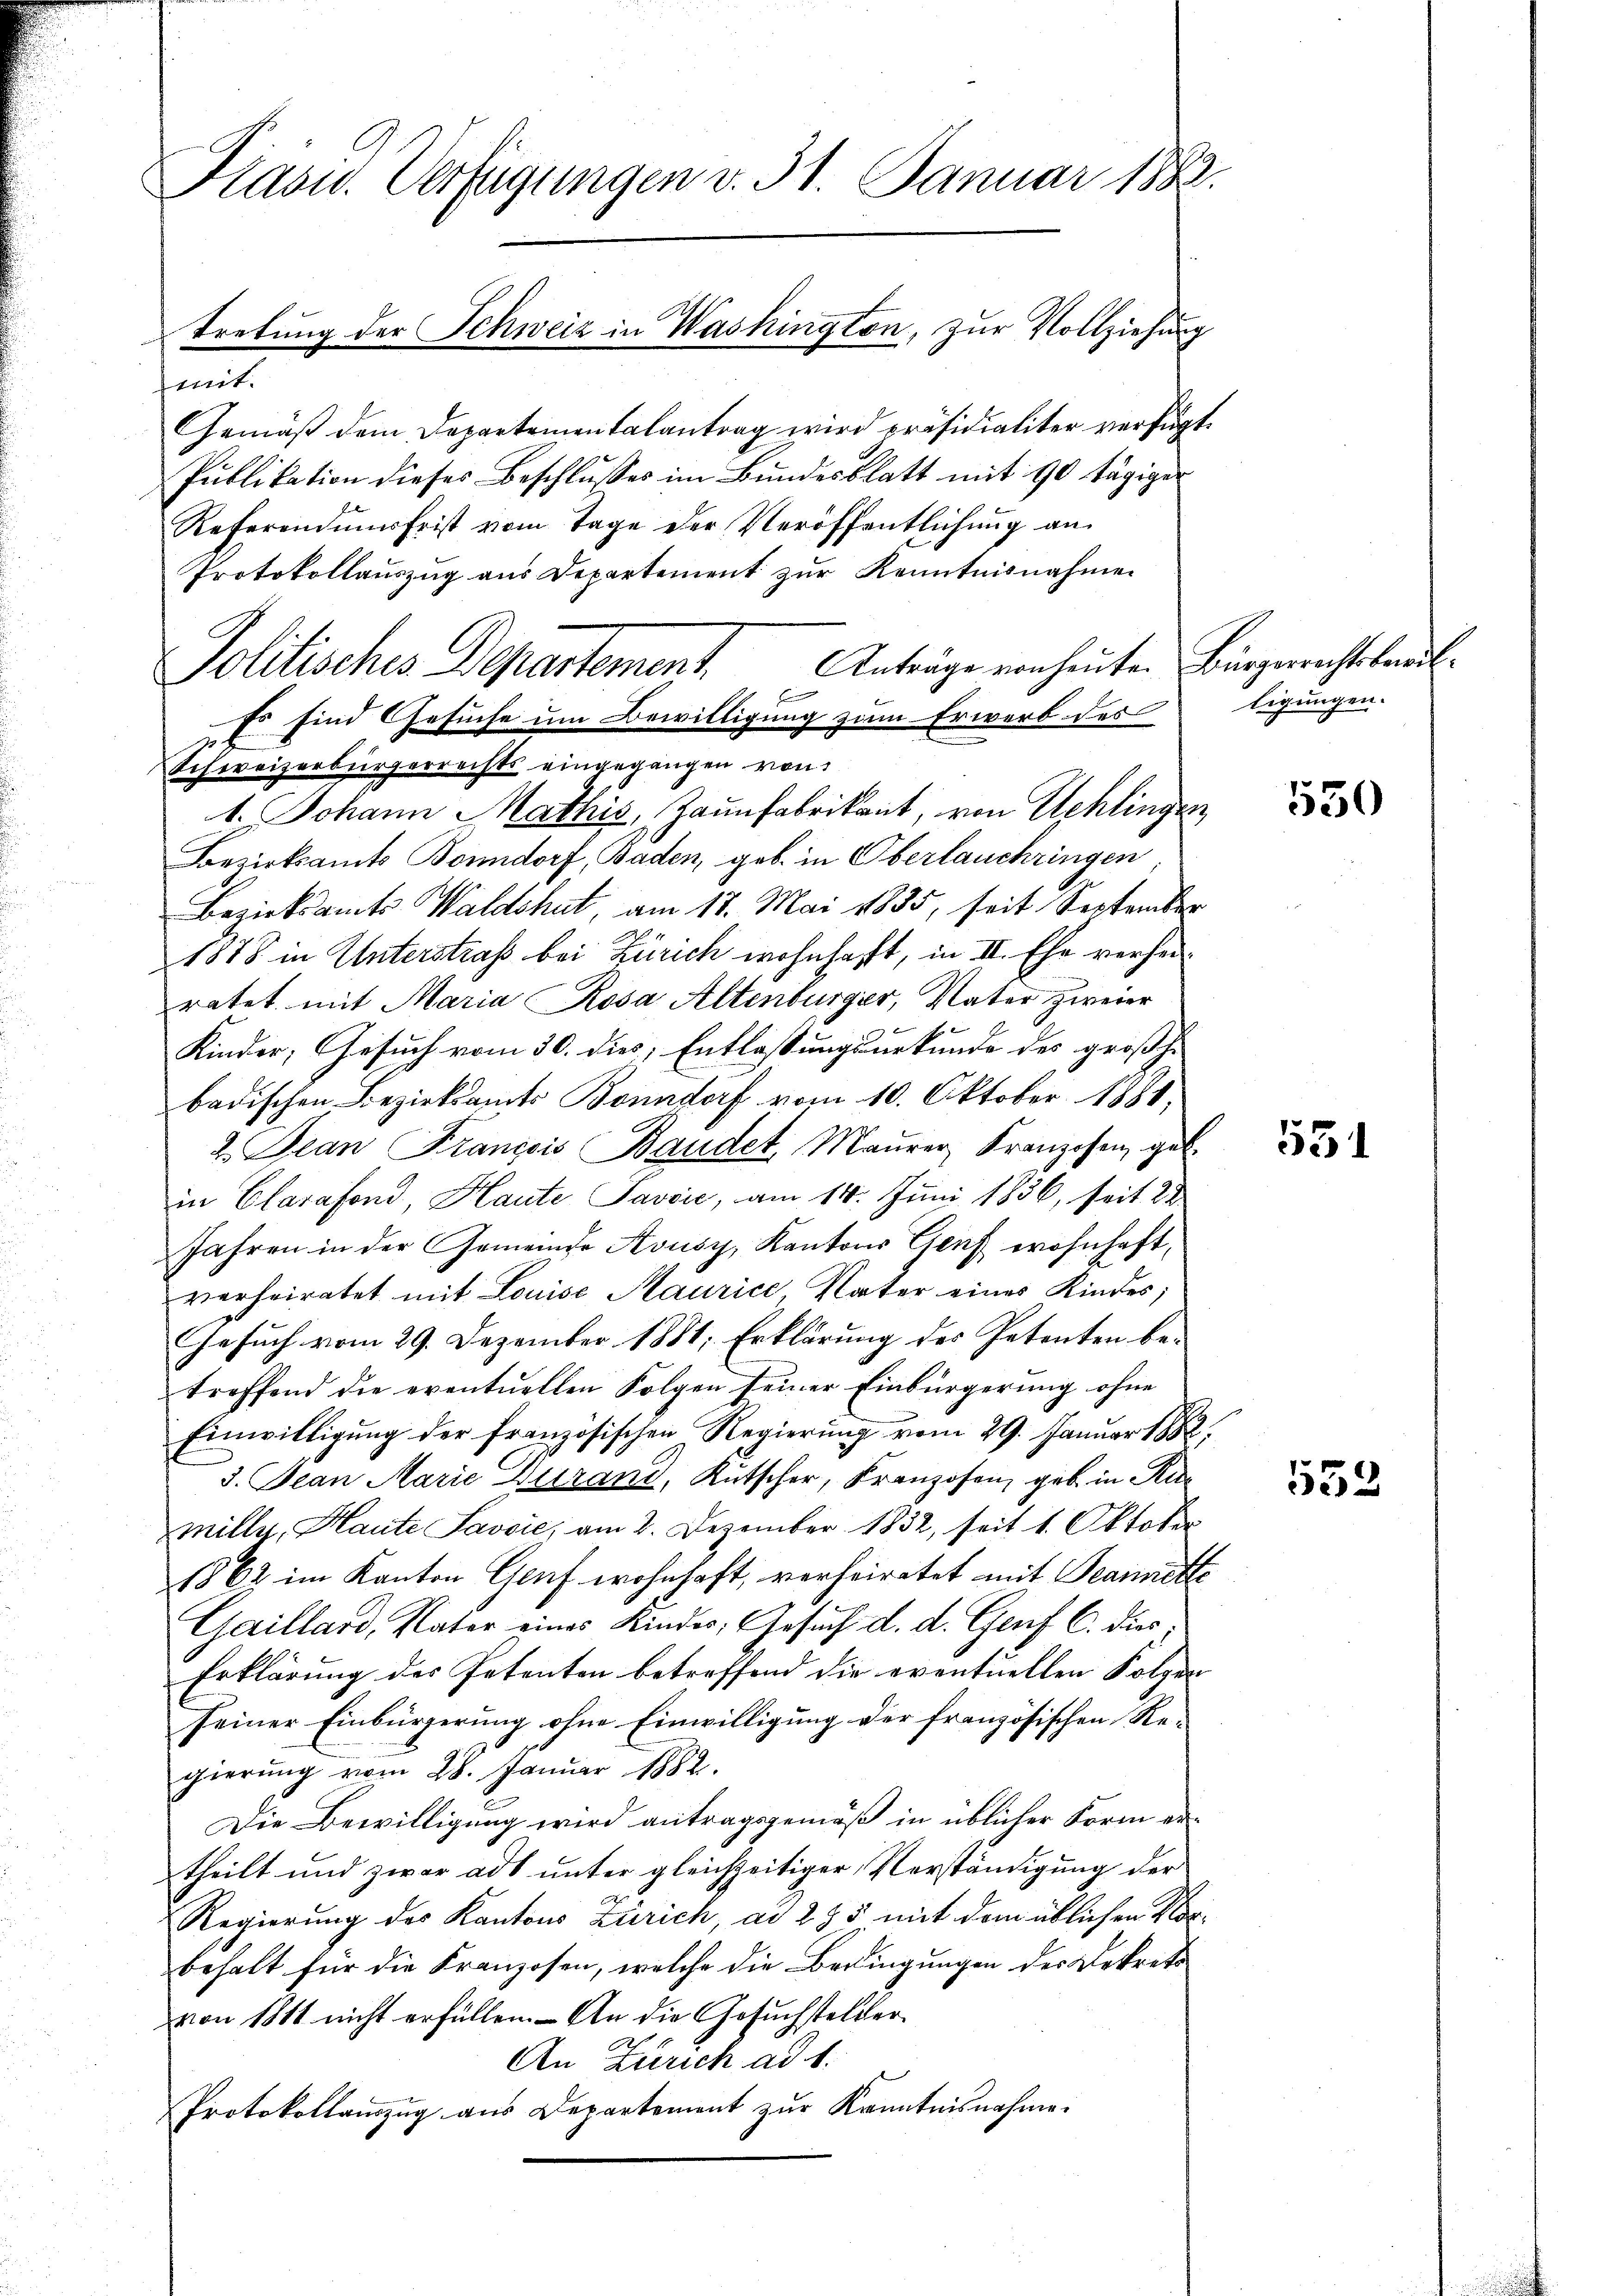
Kasu. Verfügungen v. 31. Januar 1883.
tretung der Schweiz in Washington, zur Vollziehung

mit.
Gemäß dem Departementalantrag wird präsidialiter verfügt.
Publikation dieses Beschlusses im Bundesblatt mit 90 tägiger
Referendumsfrist vom Tage der Veröffentlichung an
Protokollauszug aus Departement zur Kenntnisnahmen
Fo sind Gesuche um Bewilligung zum Erwerb des ligungen.
Schweizerbürgerrechts eingegangen von
1. Johann Mathis, Zaunfabrikant, von Schlingen
Bezirksamts Bonndorf, Baden, geb. in Oberlauschringen,
Bezirksamts Waldshut, am 18. Mai 1835, seit September
1878 in Unterstraß bei Zürich wohnhaft, in II. Ehe verseiratet mit Maria Rosa Altenburger, Vater zweier
Kinder, Gesuch vom 30. dies, Entlassungsurkunde des großh.
badischen Bezirksamts Bonndorf vom 10. Oktober 1881
2. Jean François Baudet, Maŭrer Franzosen gel
zu Clarafond, Haute Pavčić, am 14. Juni 1836, seit 28
Jahren in der Gemeinde Avusy, Kantons Genf wohnhaft,
verheiratet mit Louise Maurice, Vater eines Kindes;
Gesuch vom 29. Dezember 1881; Erklärung des Petenten betroffend die eventuellen Folgen seiner Einbürgerung ohne
Einwilligung der französischen Regierung vom 29. Januar 1882,
3. Jean Marie Durand, Kutscher, Franzosen, geb. in Ric
milly, Haute Savić, am 2. Dezember 1832, seit 1. Oktober
1862 im Kanton Graf wohnhaft, verheiratet mit Teainette
Gaillard, Vater eines Kinder, Gesuch d. d. Genf C. dies¬
Erklärung des Petenten betreffend die eventuellen Folgen
seiner Einbürgerung ohne Einwilligung der französischen Regierŭng vom 28. Januar 1882.
Die Bewilligung wird antragsgemäß in üblicher Form ertheilt und zwar ad unter gleichzeitiger Verständigung der
Regierung des Kantons Zürich, ad 285 mit dem üblichen Vorbehalt für die Franzosen, welche die Bedingungen des Dekrete
von 1811 nicht erfüllen. - An die Gesuchsteller¬
An Zürich ad 1.
Protokollauszug aus Departement zur Kenntnisnahme.

Politisches Departement. Anträge von heuten Bürgerichtshandl.

550

531

552